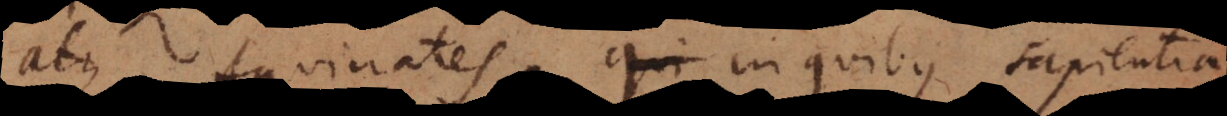
atque Aquinates, in quibus sapientia